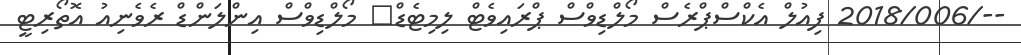
--/2018/006 ފިއުލް އެކްސްޕްރެސް މޯލްޑިވްސް ޕްރައިވެޓް ލިމިޓެޑް	 މޯލްޑިވްސް އިންލަންޑް ރެވެނިއު އޮތޯރިޓީ